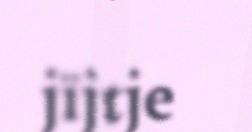
jïjtje